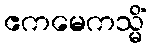
ဧကမေကသ္မိံ